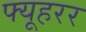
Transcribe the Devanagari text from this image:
फ्यूहरर